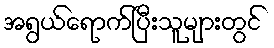
အရွယ်ရောက်ပြီးသူများတွင်